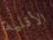
الأقلية